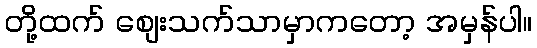
တို့ထက် စျေးသက်သာမှာကတော့ အမှန်ပါ။